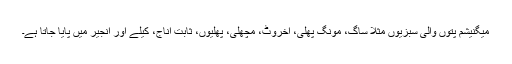
میگنیشم پتوں والی سبزیوں مثلاً ساگ، مونگ پھلی، اخروٹ، مچھلی، پھلیوں، ثابت اناج، کیلے اور انجیر میں پایا جاتا ہے۔